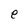
Character: e